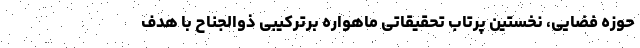
حوزه فضایی، نخستین پرتاب تحقیقاتی ماهواره برترکیبی ذوالجناح با هدف